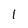
Character: 1